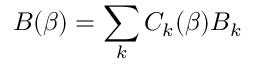
B ( \beta ) = \sum _ { k } C _ { k } ( \beta ) B _ { k }